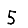
Digit: 5